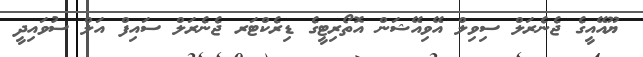
ޔޫއޭއީގެ ޖެނެރަލް ސިވިލް އޭވިއޭޝަން އޮތޯރިޓީގެ ޑިރެކްޓަރ ޖެނެރަލް ސައިފް އަލް ސުވައިދީ